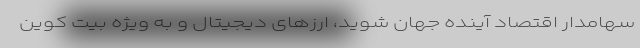
سهامدار اقتصاد آینده جهان شوید، ارزهای دیجیتال و به ویژه بیت کوین